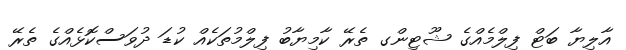
އާލިޔާ ބަޓް ފިިލްމެއްގެ ޝޫޓިންގ ތެރޭ ކާމިޔާބު ފިލްމުތަކެއް ކުޑަ ދުވަސްކޮޅެއްގެ ތެރޭ